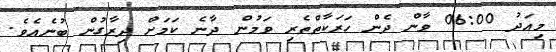
މިއަދު 06:00 ވާން ދެން ހަރަކާތްތެރި ވަމުން ދާނެ ކަމަށް ދިރާގުން ބުނެއެވެ.